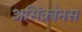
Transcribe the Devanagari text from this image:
असिंक्रोनस